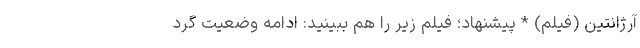
آرژانتین (فیلم) * پیشنهاد؛ فیلم‌ زیر را هم ببینید: ادامه وضعیت گرد